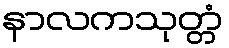
နာလကသုတ္တံ